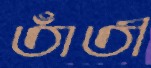
তাঁতী